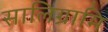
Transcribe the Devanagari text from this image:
सालिग्रामि